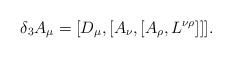
LaTeX: \begin{align*}\delta_{3}A_{\mu}=[D_{\mu},[A_{\nu},[A_{\rho},L^{\nu \rho}]]] .\end{align*}